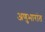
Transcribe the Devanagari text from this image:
अणुभारांत